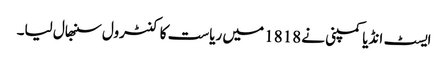
ایسٹ انڈیا کمپنی نے 1818 میں ریاست کا کنٹرول سنبھال لیا۔